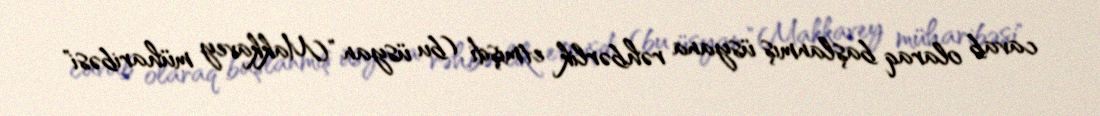
cavab olaraq başlanmış üsyana rəhbərlik etmişdi (bu üsyan "Makkavey müharibəsi"